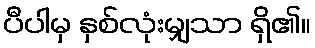
ပီပါမှ နှစ်လုံးမျှသာ ရှိ၏။